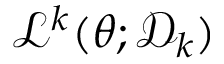
\mathcal { L } ^ { k } ( \theta ; \mathcal { D } _ { k } )